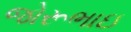
જોરૂભાઇ